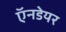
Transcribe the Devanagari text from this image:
ऍनडेयर